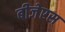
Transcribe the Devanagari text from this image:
बीजेएस